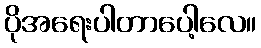
ပိုအရေးပါတာပေါ့လေ။